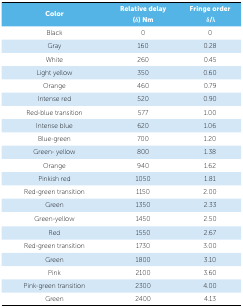
| Color | Relative delay (δ) Nm | Fringe orderd δ/λ |
 | --- | --- | --- |
 | Black | 0 | 0 |
 | Gray | 160 | 0.28 |
 | White | 260 | 0.45 |
 | Light yellow | 350 | 0.60 |
 | Orange | 460 | 0.79 |
 | Intense red | 520 | 0.90 |
 | Red-blue transition | 577 | 1.00 |
 | Intense blue | 620 | 1.06 |
 | Blue-green | 700 | 1.20 |
 | Green- yellow | 800 | 1.38 |
 | Orange | 940 | 1.62 |
 | Pinkish red | 1050 | 1.81 |
 | Red-green transition | 1150 | 2.00 |
 | Green | 1350 | 2.33 |
 | Green-yellow | 1450 | 2.50 |
 | Red | 1550 | 2.67 |
 | Red-green transition | 1730 | 3.00 |
 | Green | 1800 | 3.10 |
 | Pink | 2100 | 3.60 |
 | Pink-green transition | 2300 | 4.00 |
 | Green | 2400 | 4.13 |